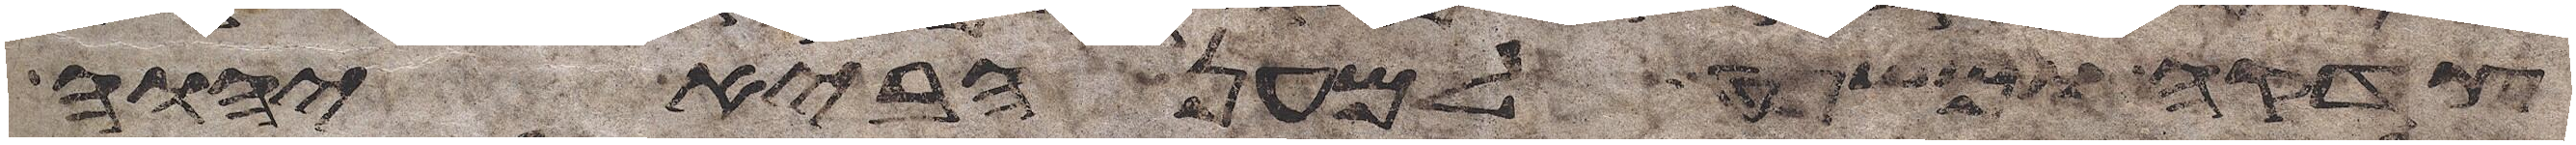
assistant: צדקה ומשפט למען הביא יהוה